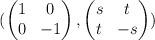
LaTeX: \begin{align*}( \begin{pmatrix} 1 & 0 \\ 0 & -1\end{pmatrix}, \begin{pmatrix} s &t\\ t& -s\end{pmatrix} )\end{align*}